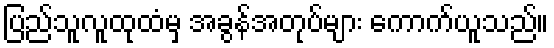
ပြည်သူလူထုထံမှ အခွန်အတုပ်များ ကောက်ယူသည်။